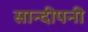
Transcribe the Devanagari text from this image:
सान्दीपनी